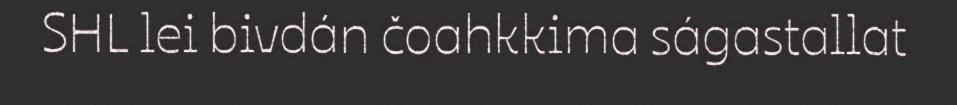
SHL lei bivdán čoahkkima ságastallat